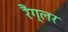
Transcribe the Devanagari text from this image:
रैंग्लर